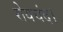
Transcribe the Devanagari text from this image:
रोयचंद।